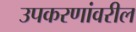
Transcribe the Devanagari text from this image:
उपकरणांवरील